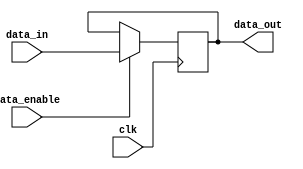
module data_enable_latch (
    input wire clk,
    input wire data_in,
    input wire data_enable,
    output reg data_out
);

reg stored_data;

always @(posedge clk) begin
    if (data_enable) begin
        stored_data <= data_in;
    end
end

assign data_out = stored_data;

endmodule